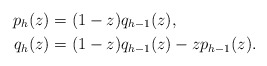
\begin{align*} p_h(z)&=(1-z)q_{h-1}(z),\\ q_h(z)&=(1-z)q_{h-1}(z)-zp_{h-1}(z). \end{align*}